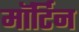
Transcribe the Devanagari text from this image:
मॉर्टिन